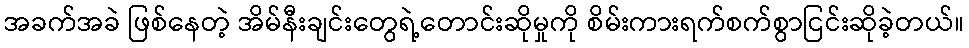
အခက်အခဲ ဖြစ်နေတဲ့ အိမ်နီးချင်းတွေရဲ့တောင်းဆိုမှုကို စိမ်းကားရက်စက်စွာငြင်းဆိုခဲ့တယ်။